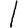
Digit: 1